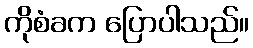
ကိုစံခက ပြောပါသည်။